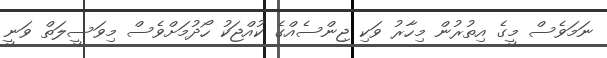
ނަމަވެސް މީގެ އިތުރުން މިހާރު ވަކި ޖިންސެއްގެ ކުއްޖަކު ހޯދުމަށްވެސް މިވަސީލަތް ވަނީ